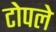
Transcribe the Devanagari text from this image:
टोपले